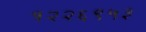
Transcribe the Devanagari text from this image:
१२२६९५३